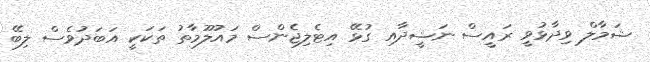
ޝަމާލް ވިދާޅުވީ ރައީސް ނަޝީދާއި ގުޅޭ އިޓެލިޖެންސް މައުލޫމާތު ތަކަކީ އަބަދުވެސް ލިބޭ